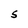
Character: S